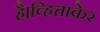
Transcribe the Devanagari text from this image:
है।व्हित्ताकेर